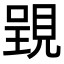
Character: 𧡈